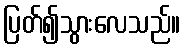
ပြတ်၍သွားလေသည်။